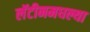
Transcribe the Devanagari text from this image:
लॅटीनमधल्या